Indian journal of veterinary science and animal husbandry - Volumes 18-21, 1948-1951
Year: 1948
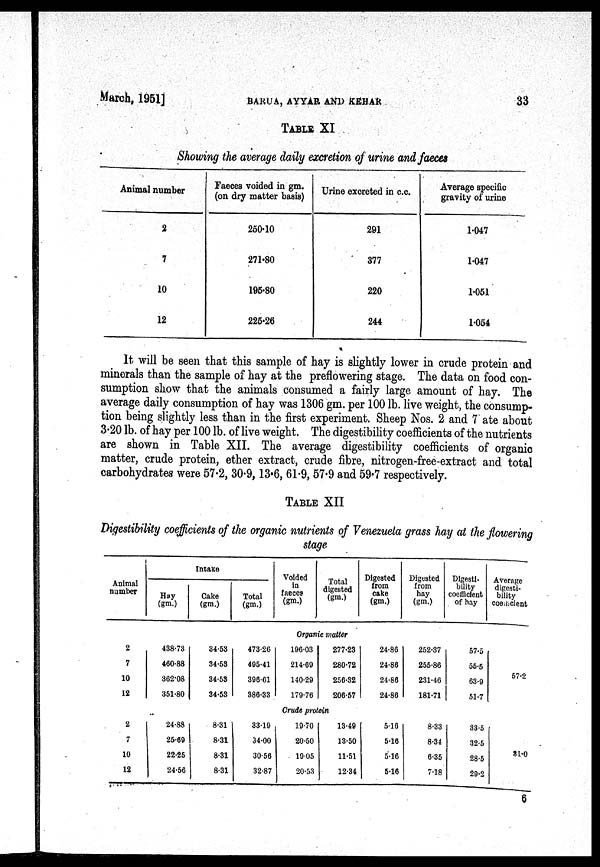
March, 1951]
BARUA,
AYYAR
AND
KEHAR
33
TABLE XI
Showing the average daily excretion of urine and faeces
Animal number
2
7
10
12
Faeces voided in gm.
(on dry matter basis)
250.10
271.80
195.80
225.26
Urine excreted in c.c.
291
377
220
244
Average specific
gravity of urine
1.047
1.047
1.051
1.054
It will be seen that this sample of hay is slightly lower in crude protein and
minerals than the sample of hay at the preflowering stage. The data on food con-
sumption show that the animals consumed a fairly large amount of hay. The
average daily consumption of hay was 1306 gm. per 100 lb. live weight, the consump-
tion being slightly less than in the first experiment. Sheep Nos. 2 and 7 ate about
3.20 lb. of hay per 100 lb. of live weight. The digestibility coefficients of the nutrients
are shown in Table XII. The average digestibility coefficients of organic
matter, crude protein, ether extract, crude fibre, nitrogen-free-extract and total
carbohydrates were 57.2, 30.9, 13.6, 61.9, 57.9 and 59.7 respectively.
TABLE XII
Digestibility coefficients of the organic nutrients of Venezuela grass hay at the flowering
stage
Animal
number
Intake
Hay
(gm.)
Cake
(gm.)
Total
(gm.)
Voided
In
faeces
(gm.)
Total
digested
(gm.)
Digested
from
cake
(gm.)
Digested
from
hay
(gm.)
Digesti-
bility
coefficient
of hay
Average
digesti-
bility
coefficient
Organic matter
2
7
10
12
438.73
460.88
362.08
351.80
34.53
34.53
34.53
34.53
473.26
495.41
396.61
386.33
196.03
214.69
140.29
179.76
277.23
280.72
256.82
206.57
24.86
24.86
24.86
24.86
252.37
255.86
231.46
181.71
57.5
55.5
63.9
51.7
57.2
Crude protein
2
7
10
12
24.88
25.69
22.25
24.56
8.31
8.31
8.31
8.31
33.19
34.00
30.56
32.87
19.70
20.50
19.05
20.53
13.49
13.50
11.51
12.34
5.16
5.16
5.16
5.16
8.33
8.34
6.35
7.18
33.5
32.5
28.5
29.2
31.0
6